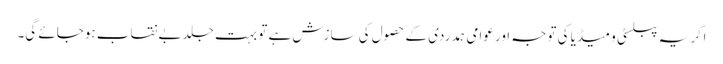
اگر یہ پبلسٹی و میڈیا کی توجہ اور عوامی ہمدردی کے حصول کی سازش ہے تو بہت جلد بے نقاب ہوجائے گی۔